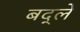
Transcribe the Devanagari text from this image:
बद्ले